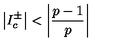
\left| I _ { c } ^ { \pm } \right| < \left| \displaystyle \frac { p - 1 } { p } \right|